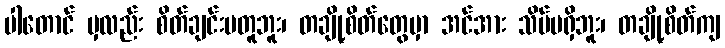
ပါတောင် မှလည်း စိတ်ချင်းမတူဘူး၊ တချို့စိတ်တွေမှာ အင်အား သိပ်မရှိဘူး၊ တချို့စိတ်ကျ